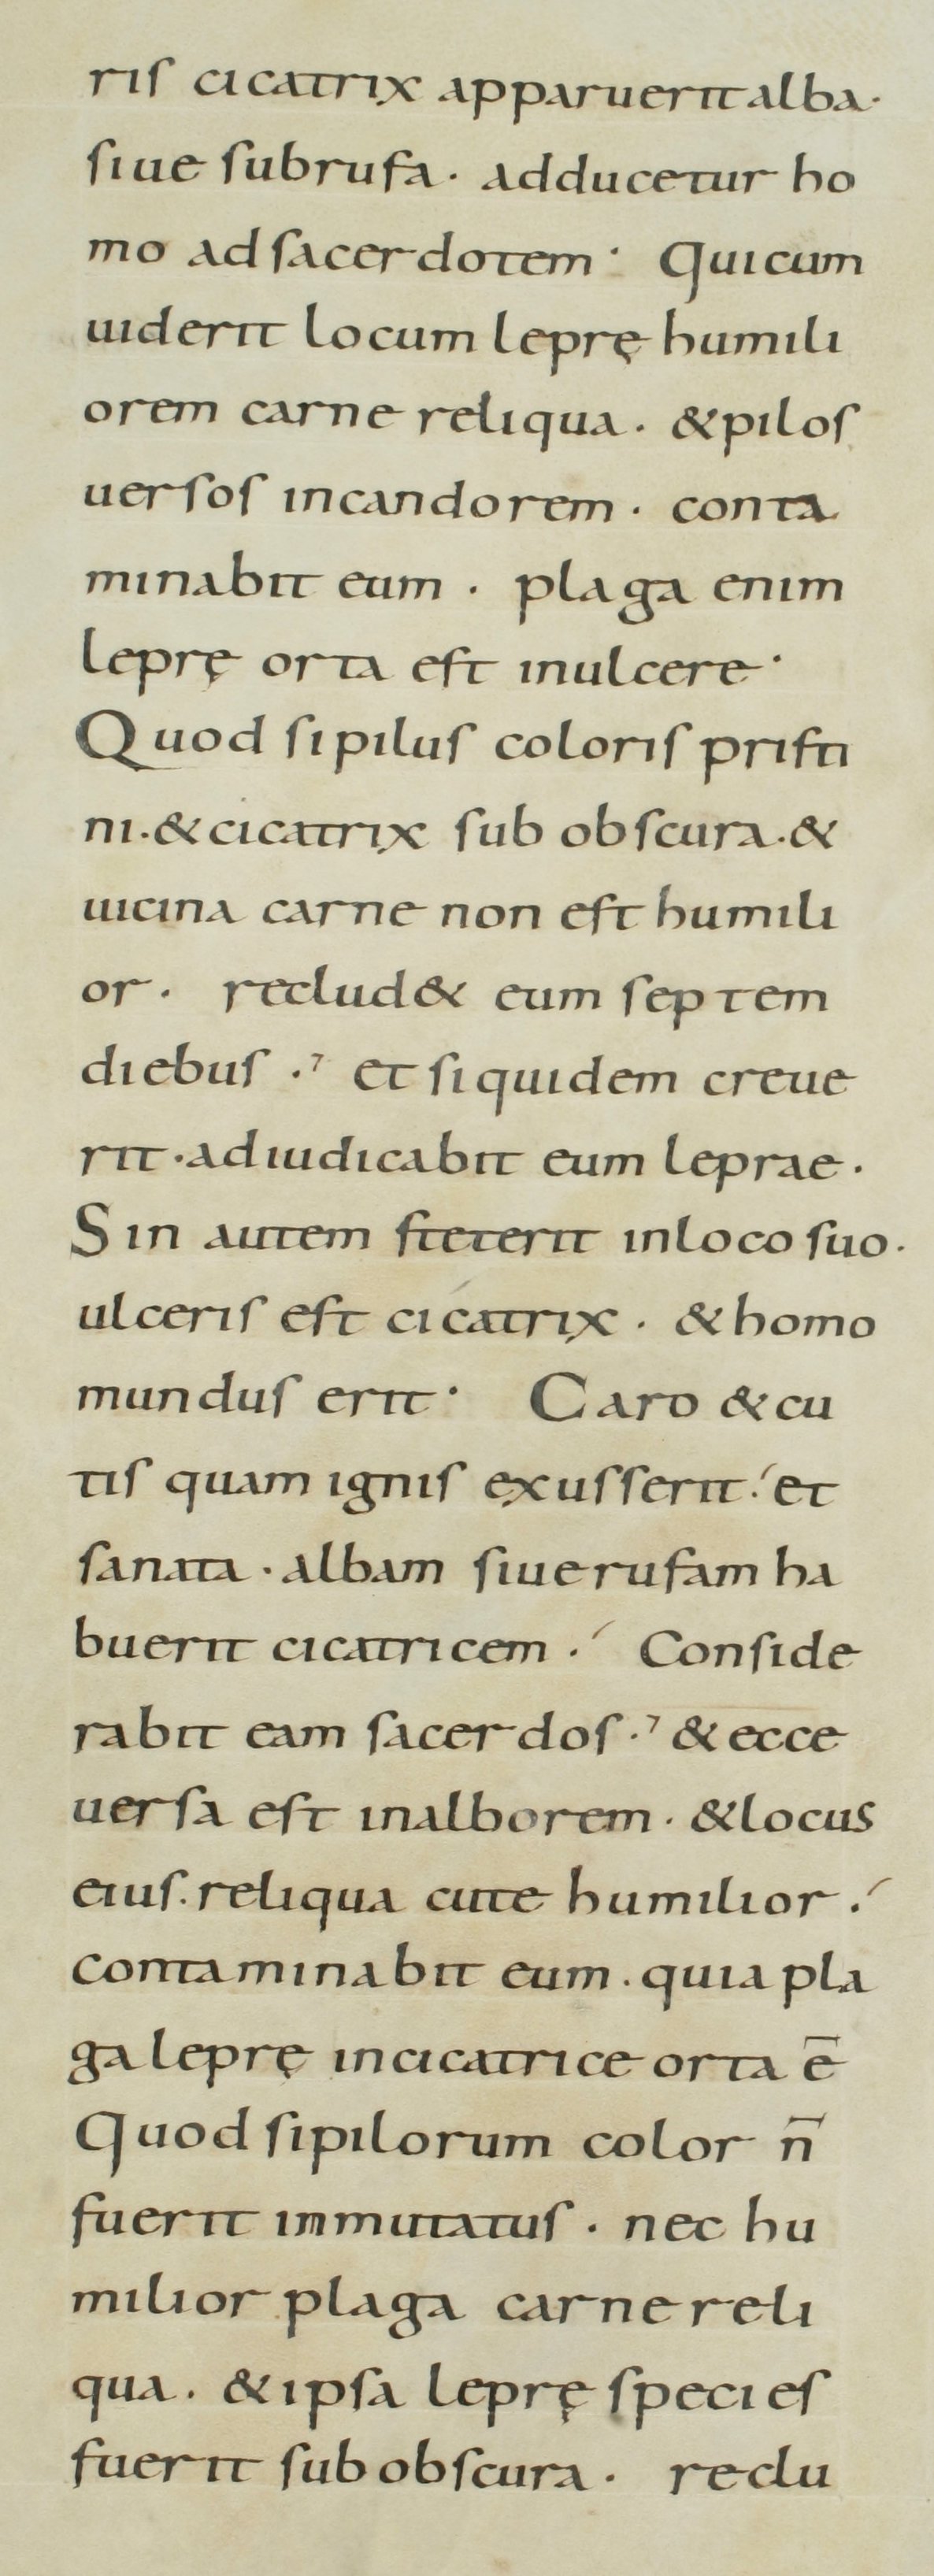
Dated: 800–899